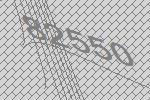
82550